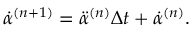
\dot { \alpha } ^ { ( n + 1 ) } = \ddot { \alpha } ^ { ( n ) } \Delta t + \dot { \alpha } ^ { ( n ) } .